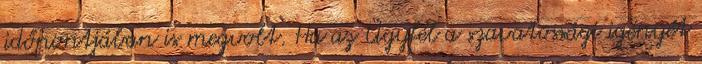
időpontjában is megvolt. Ha az Ügyfél a szavatossági igényét